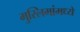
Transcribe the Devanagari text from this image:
मुस्लिमांमध्ये